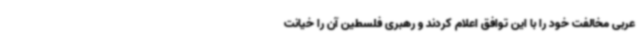
عربی مخالفت خود را با این توافق اعلام کردند و رهبری فلسطین آن را خیانت